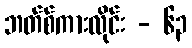
ဘတ်စ်ကားလိုင်း - ၆၃